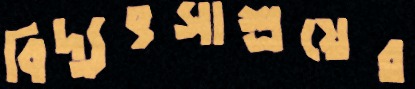
বিদ্যুৎসাশ্রয়ের